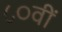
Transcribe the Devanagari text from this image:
८०वीं